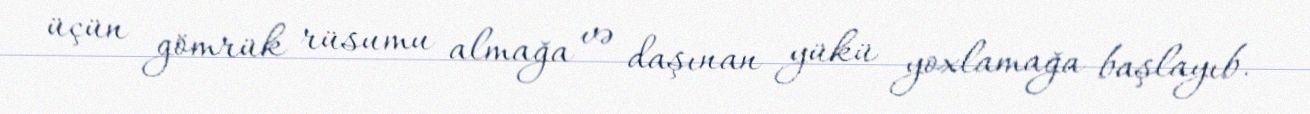
üçün gömrük rüsumu almağa və daşınan yükü yoxlamağa başlayıb.